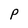
Character: P